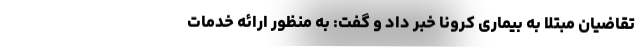
تقاضیان مبتلا به بیماری کرونا خبر داد و گفت: به منظور ارائه خدمات